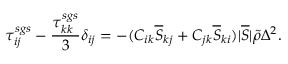
\tau _ { i j } ^ { s g s } - \frac { \tau _ { k k } ^ { s g s } } { 3 } \delta _ { i j } = - ( C _ { i k } \overline { { S } } _ { k j } + C _ { j k } \overline { { S } } _ { k i } ) | \overline { { S } } | \tilde { \rho } \Delta ^ { 2 } .